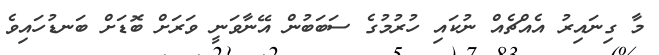
މާ ގިނައިރު އެއްޗެއް ނުކައި ހުރުމުގެ ސަބަބުން އޭނާވަނީ ވަރަށް ބޮޑަށް ބަނޑުހައިވެ